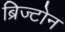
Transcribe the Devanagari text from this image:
ब्रिज्टोन